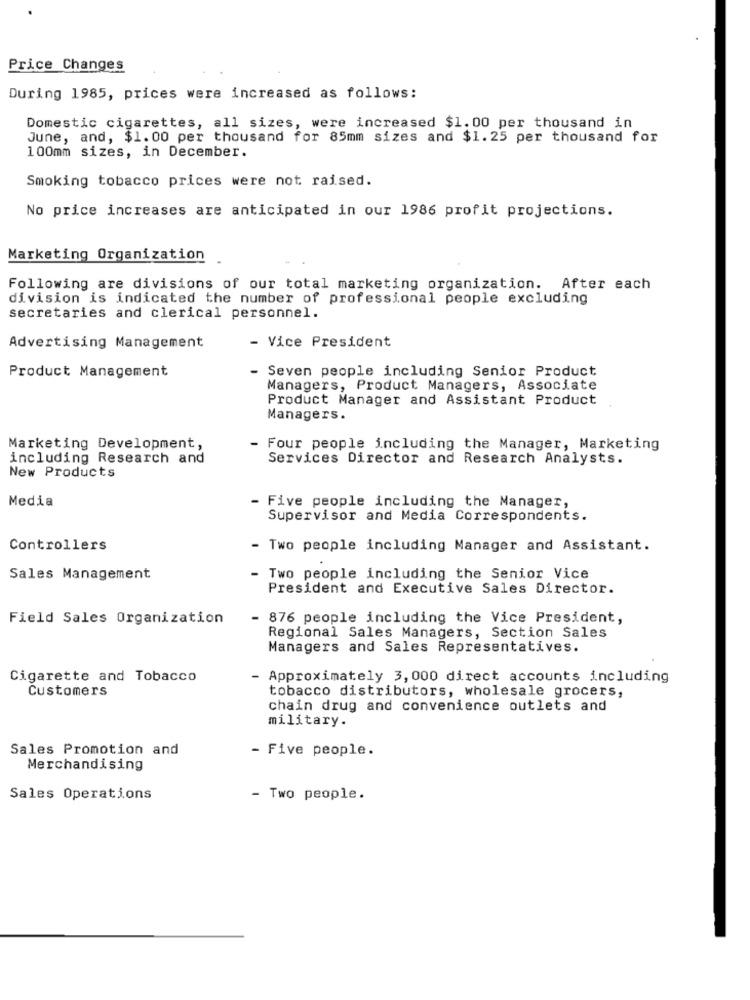
Price Changes
During 1985, prices were increased as follows:
Domestic cigarettes, all sizes, were increased $1.00 per thousand in
June, and, $1.00 per thousand for 85mm sizes and $1.25 per thousand for
100mm sizes, in December.
Smoking tobacco prices were not raised.
No price increases are anticipated in our 1986 profit projections.
Marketing Organization
Following are divisions of our total marketing organization. After each
division is indicated the number of professional people excluding
secretaries and clerical personnel.
- Vice President
Advertising Management
Product Management
- Seven people including Senior Product
Managers, Product Managers, Associate
Product Manager and Assistant Product
Managers.
Marketing Development,
- Four people including the Manager, Marketing
including Research and
Services Director and Research Analysts.
New Products
Media
- Five people including the Manager,
Supervisor and Media Correspondents.
Controllers
Two people including Manager and Assistant.
Sales Management
- Two people including the Senior Vice
President and Executive Sales Director.
Field Sales Organization
- 876 people including the Vice President,
Regional Sales Managers, Section Sales
Managers and Sales Representatives.
Cigarette and Tobacco
- Approximately 3,000 direct accounts including
Customers
tobacco distributors, wholesale grocers,
chain drug and convenience outlets and
military.
Sales Promotion and
- Five people.
Merchandising
Sales Operations
- Two people.